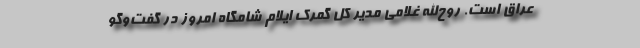
عراق است. روح‌الله غلامی مدیر کل گمرک ایلام شامگاه امروز در گفت‌وگو